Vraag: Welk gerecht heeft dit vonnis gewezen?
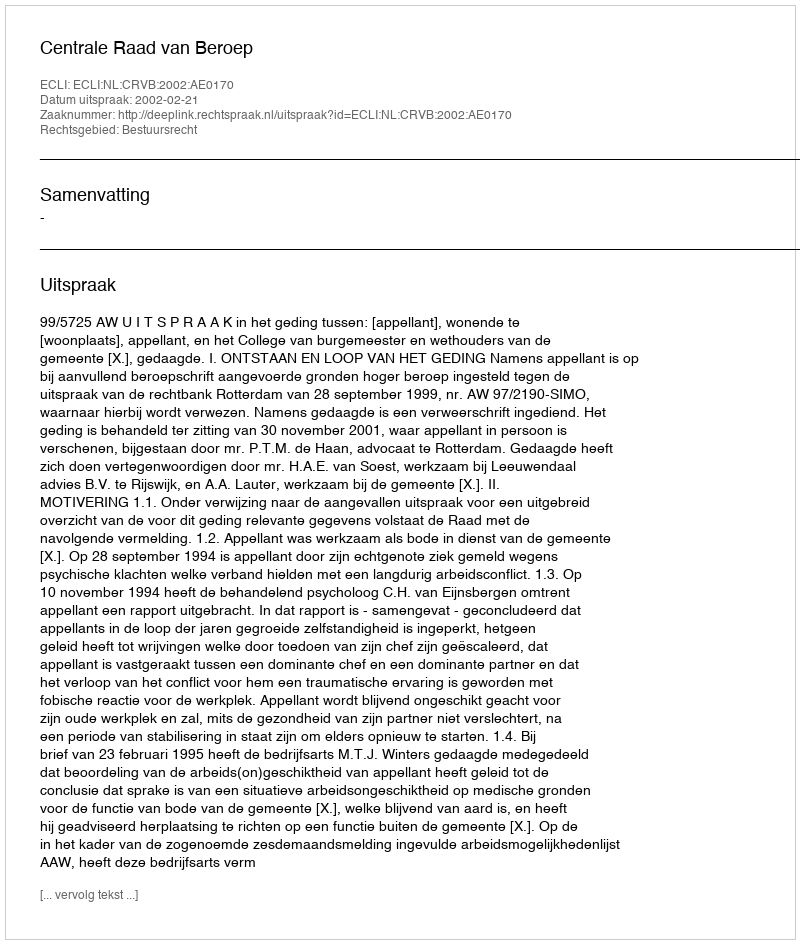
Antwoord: Centrale Raad van Beroep